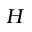
H